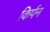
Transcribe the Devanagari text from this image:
किर्पन